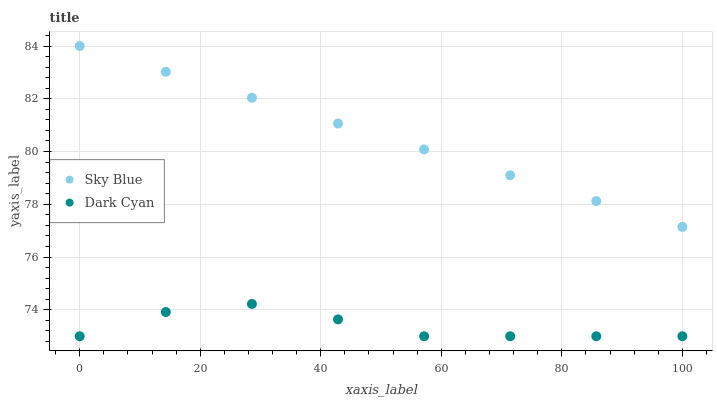
| xaxis_label | Sky Blue | Dark Cyan |
 | --- | --- | --- |
 | 0 | 84 | 73 |
 | 14.3 | 83 | 73.9 |
 | 28.6 | 82 | 74.2 |
 | 42.9 | 81.1 | 73.6 |
 | 57.1 | 80.1 | 73 |
 | 71.4 | 79.1 | 73 |
 | 85.7 | 78.1 | 73 |
 | 100 | 77.1 | 73 |